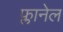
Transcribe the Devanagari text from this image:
फ्लानेल